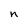
Character: n